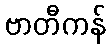
ဗာတီကန်